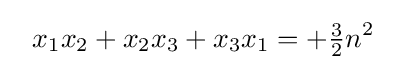
~~x_{1}x_{2}+x_{2}x_{3}+x_{3}x_{1}=+{\tfrac {3}{2}}n^{2}~